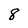
Character: 8